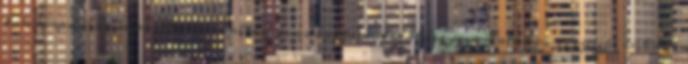
tanácsadásra, a portfólió-építési és adóoptimalizálási javaslatokra is egyre inkább